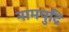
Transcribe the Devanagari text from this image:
नामपुद्रि